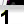
Digit: 1